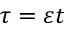
\tau = \varepsilon t